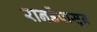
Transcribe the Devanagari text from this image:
रानडेंपासून